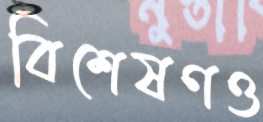
বিশেষণও